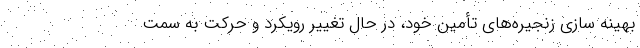
بهینه سازی زنجیره‌های تأمین خود، در حال تغییر رویکرد و حرکت به سمت